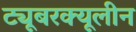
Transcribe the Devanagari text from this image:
ट्यूबरक्यूलीन